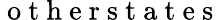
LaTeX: \mathrm{~o~t~h~e~r~s~t~a~t~e~s~}